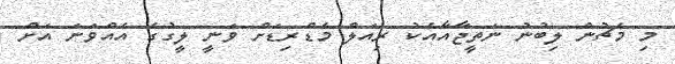
މި މެޗުން ލިބުނު ނަތީޖާއާއެކު ރިއަލް މެޑްރިޑަށް ވަނީ ލީގުގެ އެއްވަނަ އަށް